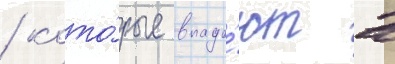
/ кото́рые впада́ют в